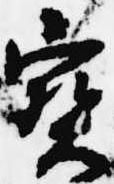
宝